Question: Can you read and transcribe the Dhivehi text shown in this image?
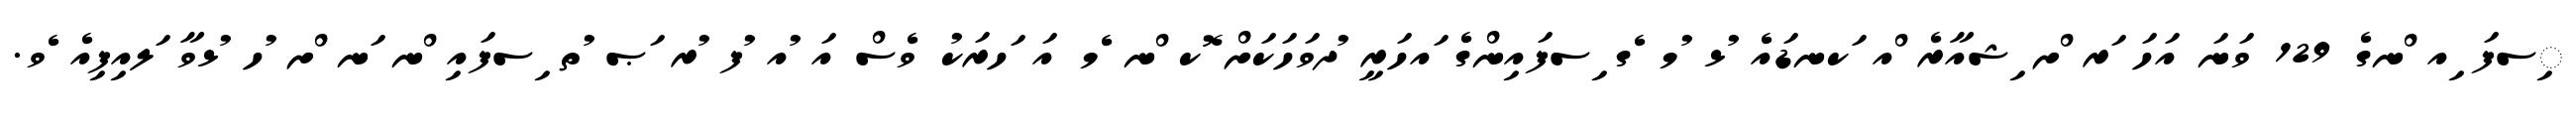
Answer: ިސފަ ިއ ްނގެ 129 ވަނަ އަހަ ަރ ްށ ިޝއާރެ ްއ ަކނޑައެ ުޅ ުމ ެގ ިސފައިންގެ ައހަރީ ުދވަހަކަށް ޮކ ްނ ެމ އަ ަހރަކު ވެސް އަ ުއ ުފ ުރ ަޞ ުތ ިސފައި ްނ ަނ ްށ ުހ ުޅވާ ަލއިފިއެ ެވ.